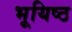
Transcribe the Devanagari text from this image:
भूयिष्ठ